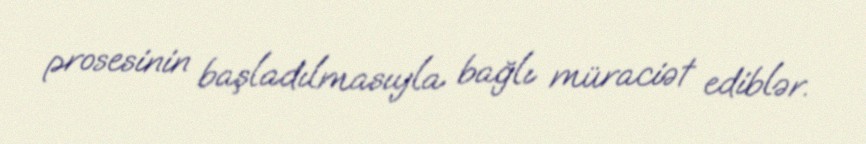
prosesinin başladılmasıyla bağlı müraciət ediblər.